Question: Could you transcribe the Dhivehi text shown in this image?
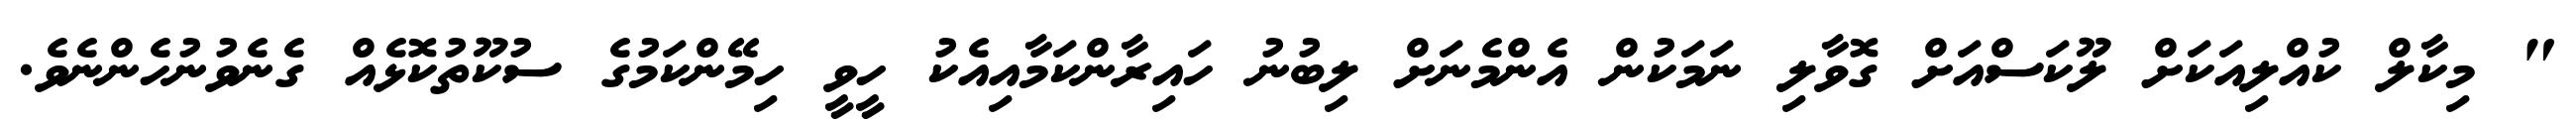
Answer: " މިކާލް ކުއްލިއަކަށް ލޫކަސްއަށް ގޮވާލި ނަމަކުން އެންމެނަށް ލިބުނު ހައިރާންކަމާއިއެކު ހީވީ ހިމޭންކަމުގެ ސުކޫތުކޮޅެއް ގެނެވުނުހެންނެވެ.